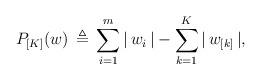
LaTeX: \begin{align*}P_{[K]}(w) \, \triangleq \,\displaystyle{\sum_{i=1}^m} \, | \, w_i \, | - \displaystyle{\sum_{k=1}^K} \, | \, w_{[k]} \, |,\end{align*}